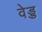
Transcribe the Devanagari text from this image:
वेड्ड